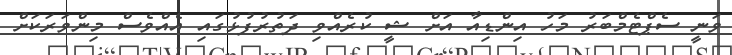
ވަނީ ސެޕްޓެމްބަރު މަހު އިންޑިއާ އަށް ޝީ ކުރެއްވި ދަތުރުފުޅުގައި އެއްވެސް މިންވަރަކަށް